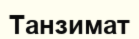
Танзимат